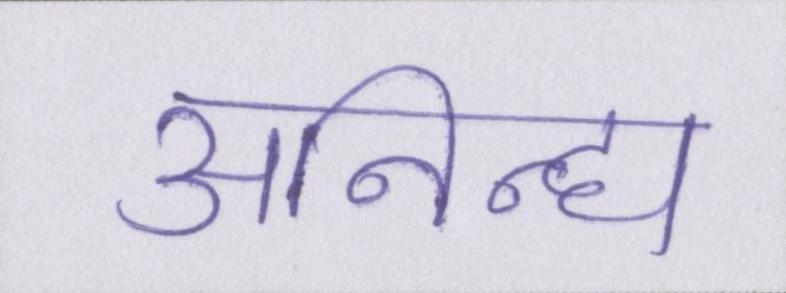
अनिन्द्य